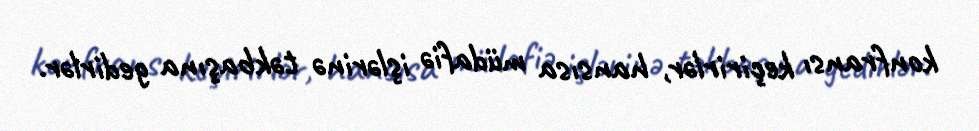
konfransı keçirirlər, hansısa müdafiə işlərinə təkbaşına gedirlər.